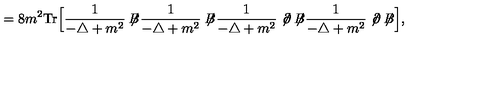
= 8 m ^ { 2 } \mathrm { T r } \Big [ \frac { 1 } { - \triangle + m ^ { 2 } } \not { \! \! B } \frac { 1 } { - \triangle + m ^ { 2 } } \not { \! \! B } \frac { 1 } { - \triangle + m ^ { 2 } } \not { \! \partial } \not { \! \! B } \frac { 1 } { - \triangle + m ^ { 2 } } \not { \! \partial } \not { \! \! B } \Big ] ,